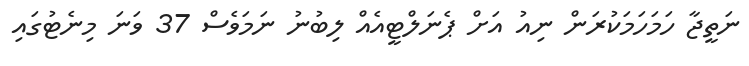
ނަތީޖާ ހަމަހަމަކުރަން ނިއު އަށް ޕެނަލްޓީއެއް ލިބުނު ނަމަވެސް 37 ވަނަ މިނެޓުގައި